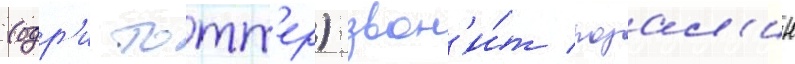
(одр'и тотт'ер) звон'и́т розал'ин